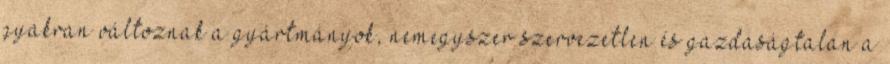
gyakran változnak a gyártmányok, nemegyszer szervezetlen és gazdaságtalan a